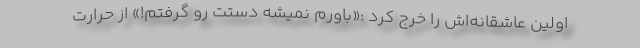
اولین عاشقانه‌اش را خرج کرد :«باورم نمیشه دستت رو گرفتم!» از حرارت